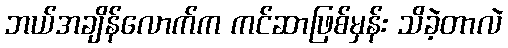
ဘယ်အချိန်လောက်က ကင်ဆာဖြစ်မှန်း သိခဲ့တာလဲ